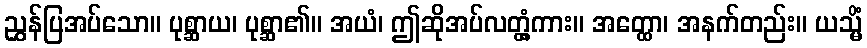
ညွှန်ပြအပ်သော။ ပုစ္ဆာယ၊ ပုစ္ဆာ၏။ အယံ၊ ဤဆိုအပ်လတ္တံ့ကား။ အတ္ထော၊ အနက်တည်း။ ယသ္မိံ